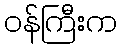
ဝန်ကြီးက